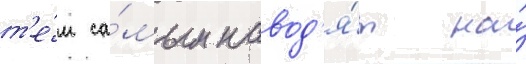
т'е́м са́мым навод'я́т на́